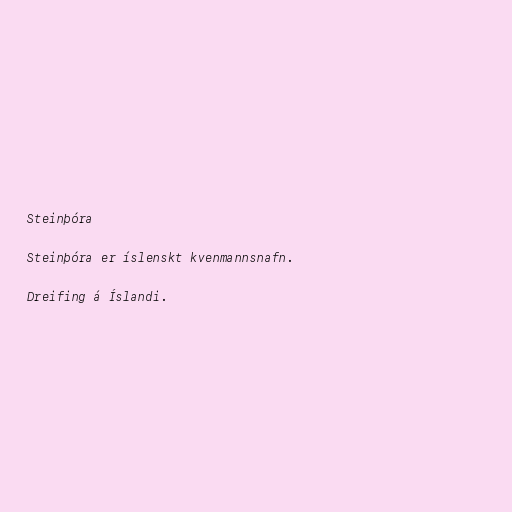
Steinþóra

Steinþóra er íslenskt kvenmannsnafn.

Dreifing á Íslandi.